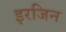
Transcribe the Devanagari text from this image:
इरजिन